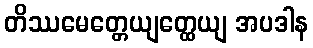
တိဿမေတ္တေယျတ္ထေယျ အပဒါန